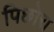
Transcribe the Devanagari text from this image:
पिछोरा